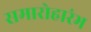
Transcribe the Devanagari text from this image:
समारोहारंभ